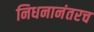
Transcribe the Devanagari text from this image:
निधनानंतरच